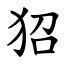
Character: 㹦